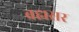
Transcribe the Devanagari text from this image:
ब्रह्मसर